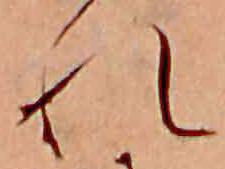
れ